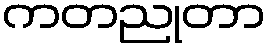
ကတညုတာ